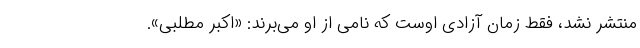
منتشر نشد، فقط زمان آزادی اوست که نامی از او می‌برند: «اکبر مطلبی».